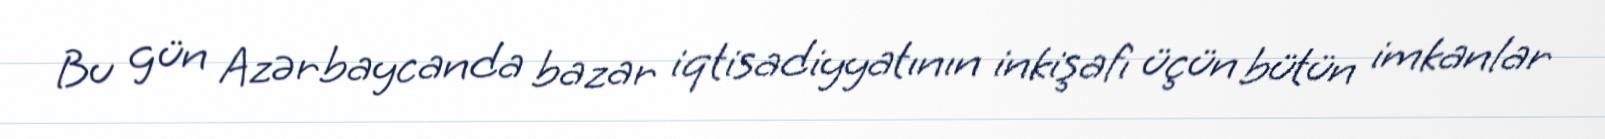
Bu gün Azərbaycanda bazar iqtisadiyyatının inkişafı üçün bütün imkanlar